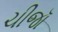
ચીજૉ